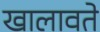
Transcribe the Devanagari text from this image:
खालावते